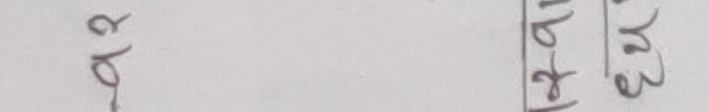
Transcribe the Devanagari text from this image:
खर
१२५९३